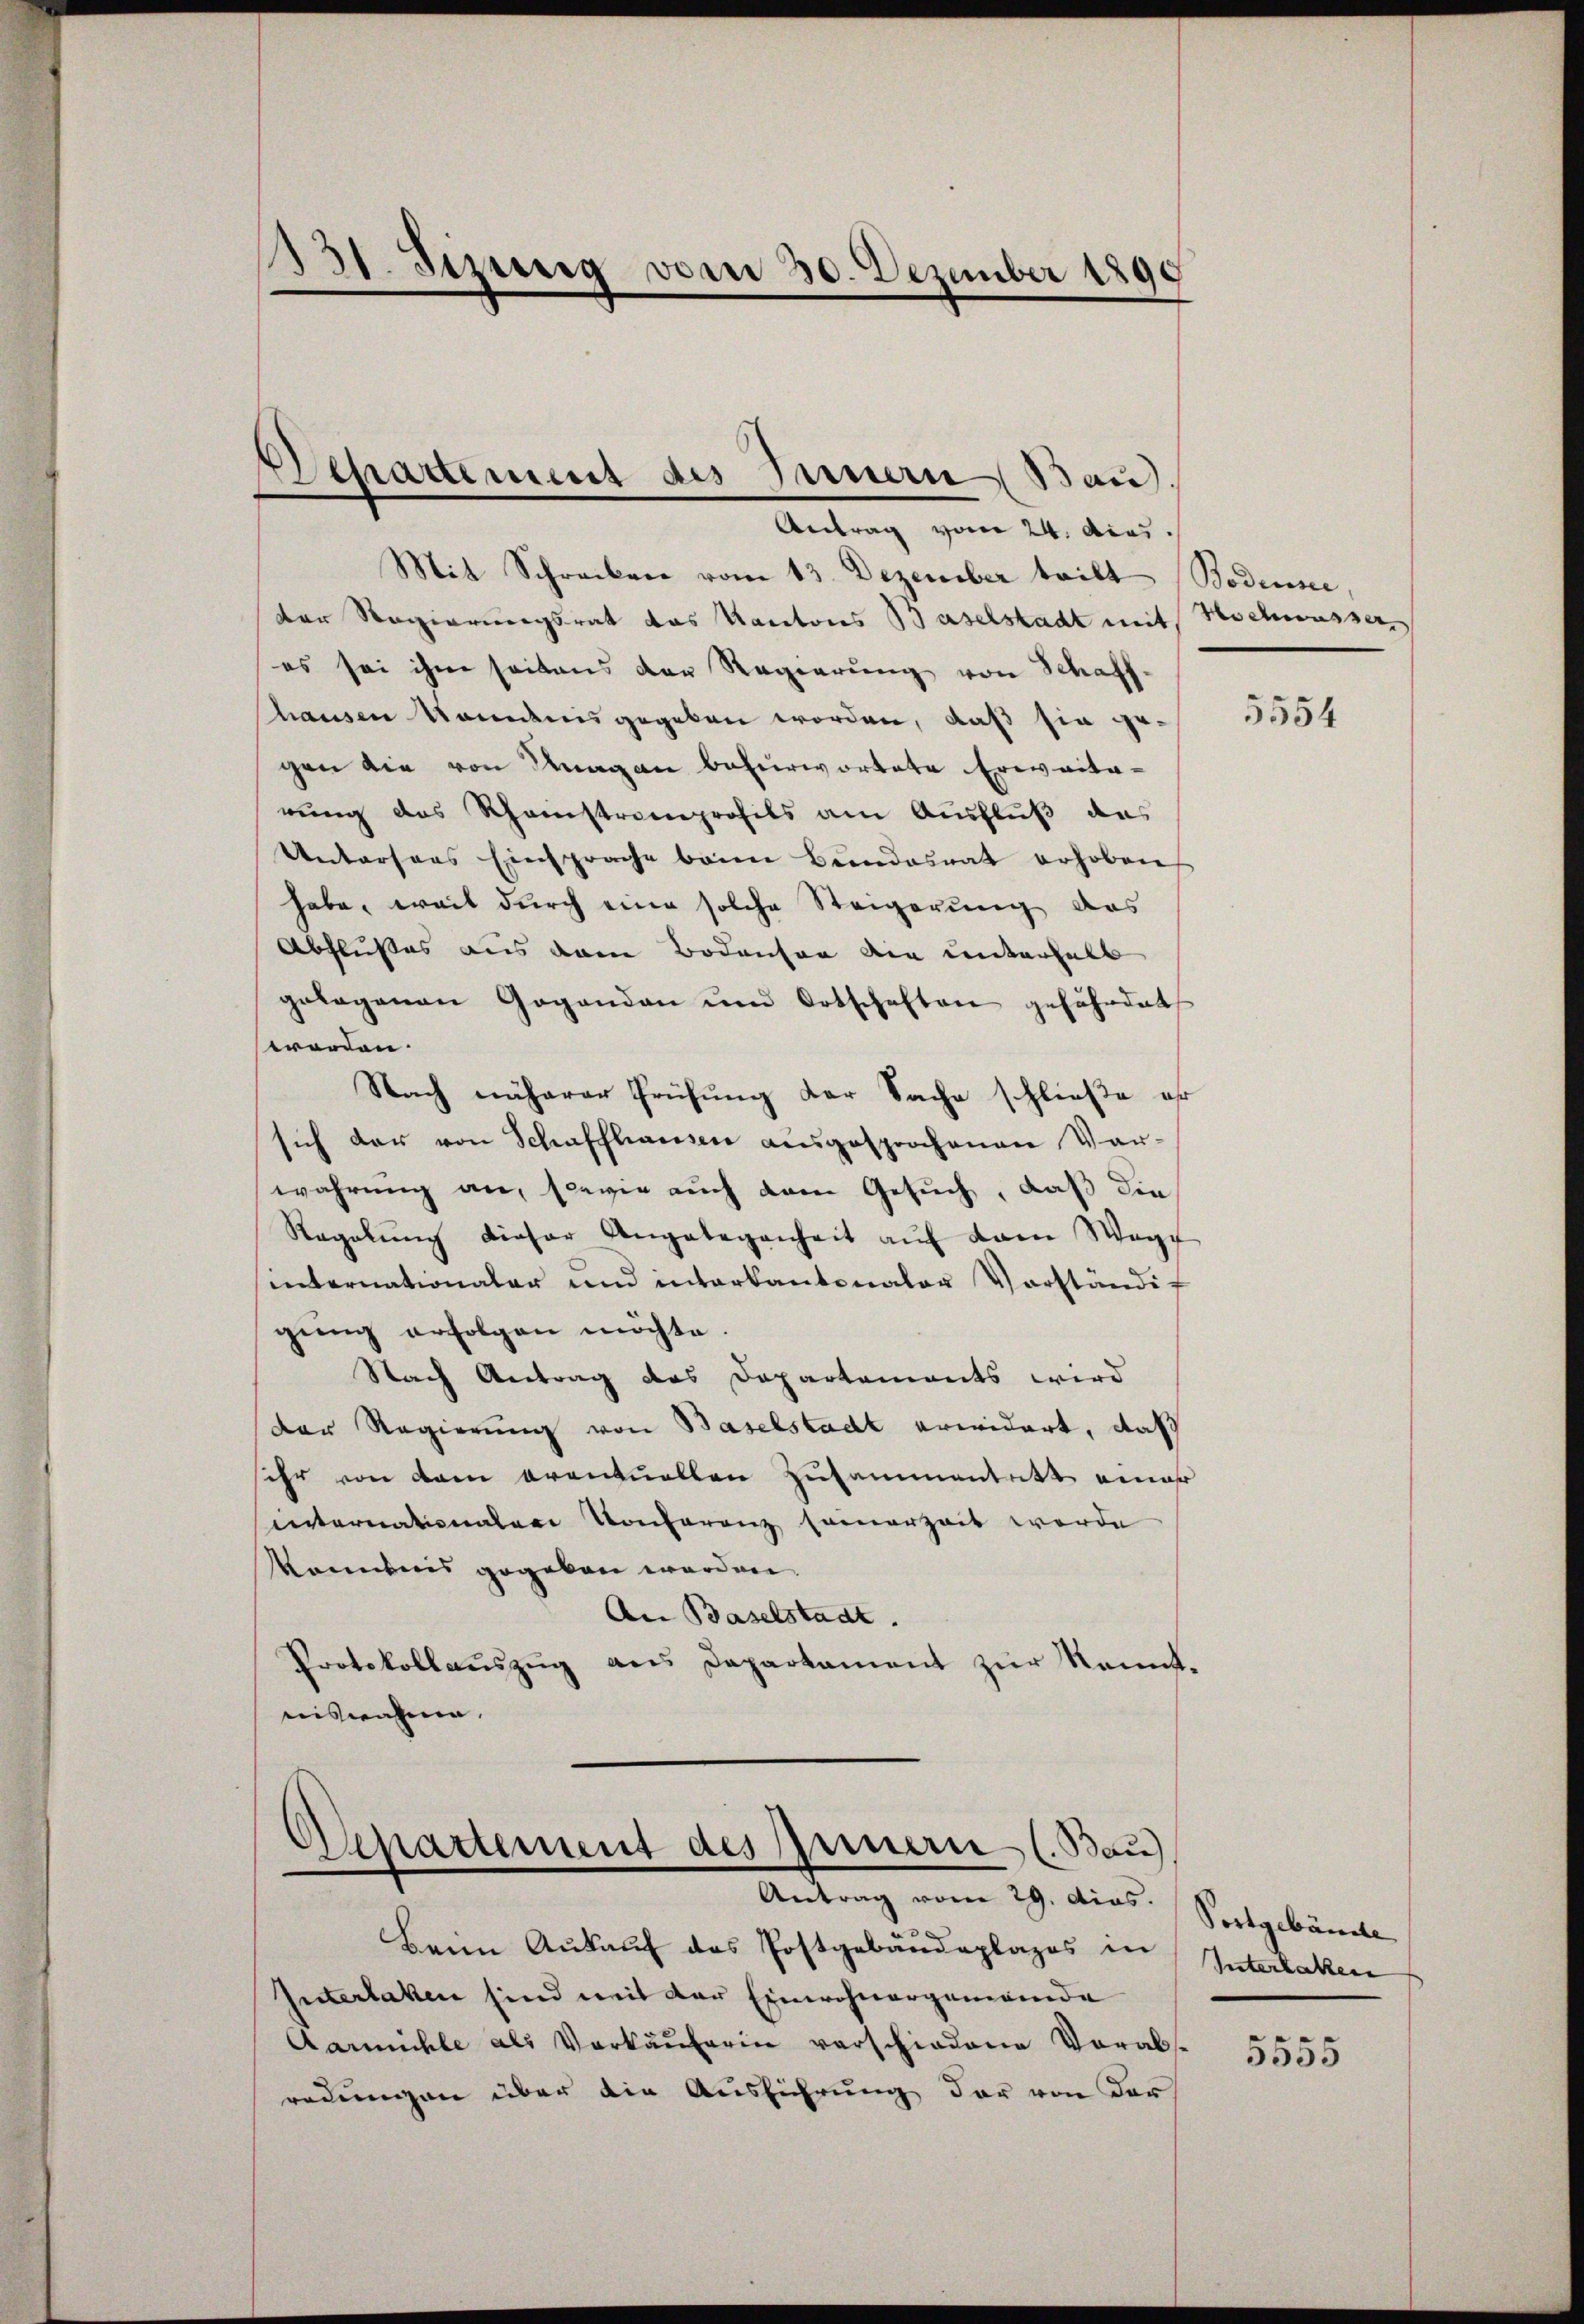
131. Dezweig vom 30. Dezember 1890

Departement des Innern Bau
Antrag vom 24. Acad

d
Departement des Innern (Bau)
Antrag vom 29. dios.

Mit Schreiben vom 13. Dezember teilt (Bodenne,
der Regierungsrat das Kantons Baselstadt mit Hochwasser
es sei ihm seitens der Regierung von Schaff-
hausen Nominis gegeben worden, daß sie ge-
gen die von Magen befürwortete Erwaita-
rung des Rheinstrenprofils am Ausfluß das
Untersans Einsprache beim Bundesrat erhoben
habe, weil durch eine solche Steigerung des
Abflußes aus dem Bodensen die unterhalb
gelegenen Gegenden und Ortschaften gefährdet
worden.
Nach näherer Prüfung der Sache schließe es
sich der von Schaffhausen ausgesprochenen Var-
wahrung an, sowie auch dem Gesuch, daß die
Regelŭng dieser Angelegenheit aŭf kam Weg
internationaler und interkantonaler Vorständig
gung erfolgen möchte.
Nach Antrag des Departements wird
Der Regierung von Baselstadt erwidert, daß
sehr von dem eventuellen Zusammentritt einer
internationalen Konferenz seinerzeit werde
känntnis gegeben werden.
An Baselstadt.
Protokollaŭszŭg ans Departament zŭr Kenntreiswahnen.

Beim Ankauf des Postgebäudeplages in
Interlaken sind weit der Einwohnergemeinde
Aarmühle als Verkäuferin verschiedene Vorabsredungen über die Ausführung der von der

5554

Postgebäude
Interlaken

5555